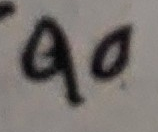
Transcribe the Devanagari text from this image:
९०